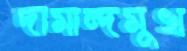
দামান্দমুখ